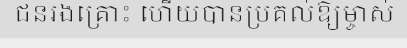
ជនរងគ្រោះ ហើយបានប្រគល់ឱ្យម្ចាស់